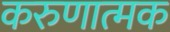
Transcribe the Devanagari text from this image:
करुणात्मक